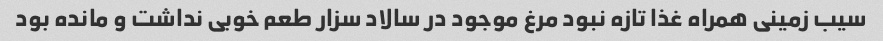
سیب زمینی همراه غذا تازه نبود مرغ موجود در سالاد سزار طعم خوبی نداشت و مانده بود